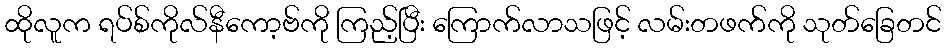
ထိုလူက ရပ်စ်ကိုလ်နီကော့ဗ်ကို ကြည့်ပြီး ကြောက်လာသဖြင့် လမ်းတဖက်ကို သုတ်ခြေတင်